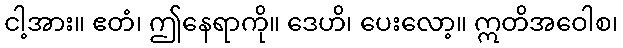
ငါ့အား။ ဧတံ၊ ဤနေရာကို။ ဒေဟိ၊ ပေးလော့။ ဣတိအဝေါစ၊